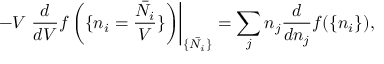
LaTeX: - V \left. \frac { d } { d V } f \left( \{ n _ { i } = \frac { \bar { N _ { i } } } { V } \} \right) \right| _ { \{ \bar { N _ { i } } \} } = \sum _ { j } n _ { j } \frac { d } { d n _ { j } } f ( \{ n _ { i } \} ) ,